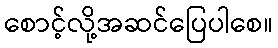
စောင့်လို့အဆင်ပြေပါစေ။